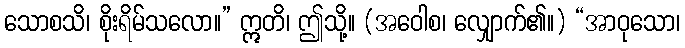
သောစသိ၊ စိုးရိမ်သလော။” ဣတိ၊ ဤသို့။ (အဝေါစ၊ လျှောက်၏။) “အာဝုသော၊